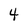
Character: 4